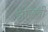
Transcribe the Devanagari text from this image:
लोख्खी